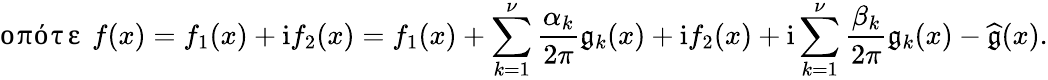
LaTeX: \mathrm{οπότε~}f(x)=f_{1}(x)+\mathrm{i}f_{2}(x)=f_{1}(x)+\displaystyle\sum_{k=1}^{\nu}\frac{\alpha_{k}}{2\pi}\mathfrak{g}_{k}(x)+\mathrm{i}f_{2}(x)+\mathrm{i}\sum_{k=1}^{\nu}\frac{\beta_{k}}{2\pi}\mathfrak{g}_{k}(x)-\widehat{\mathfrak{g}}(x).